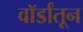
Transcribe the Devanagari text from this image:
वॉर्डांतून